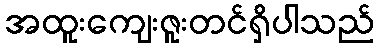
အထူးကျေးဇူးတင်ရှိပါသည်